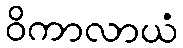
ဝိကာလာယံ